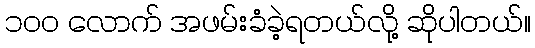
၁၀၀ လောက် အဖမ်းခံခဲ့ရတယ်လို့ ဆိုပါတယ်။